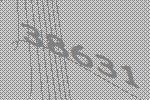
38631